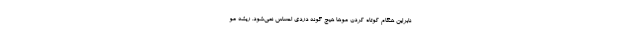
نابراین هنگام کوتاه کردن مو‌ها هیچ گونه دردی احساس نمی‌شود. ریشه مو